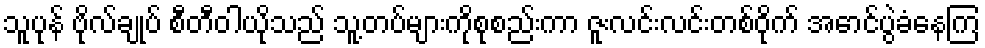
သူပုန် ဗိုလ်ချုပ် စီတီဝါယိုသည် သူ့တပ်များကိုစုစည်းကာ ဇူးလင်းလင်းတစ်ဝိုက် အောင်ပွဲခံနေကြ